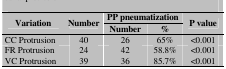
<table><thead><tr><td rowspan="2"><b>Variation</b></td><td rowspan="2"><b>Number</b></td><td colspan="2"><b>PP pneumatization</b></td><td rowspan="2"><b>P value</b></td></tr><tr><td><b>Number</b></td><td><b>%</b></td></tr></thead><tbody><tr><td> CC Protrusion </td><td> 40 </td><td> 26 </td><td> 65% </td><td> &lt;0.001 </td></tr><tr><td> FR Protrusion </td><td> 24 </td><td> 42 </td><td> 58.8% </td><td> &lt;0.001 </td></tr><tr><td> VC Protrusion </td><td> 39 </td><td> 36 </td><td> 85.7% </td><td> &lt;0.001 </td></tr></tbody></table>